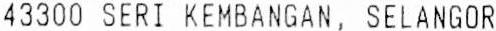
43300 SERI KEMBANGAN, SELANGOR